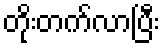
တိုးတက်လာပြီး